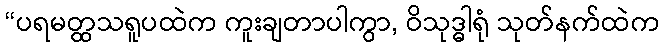
“ပရမတ္ထသရူပထဲက ကူးချတာပါကွာ, ဝိသုဒ္ဓါရုံ သုတ်နက်ထဲက